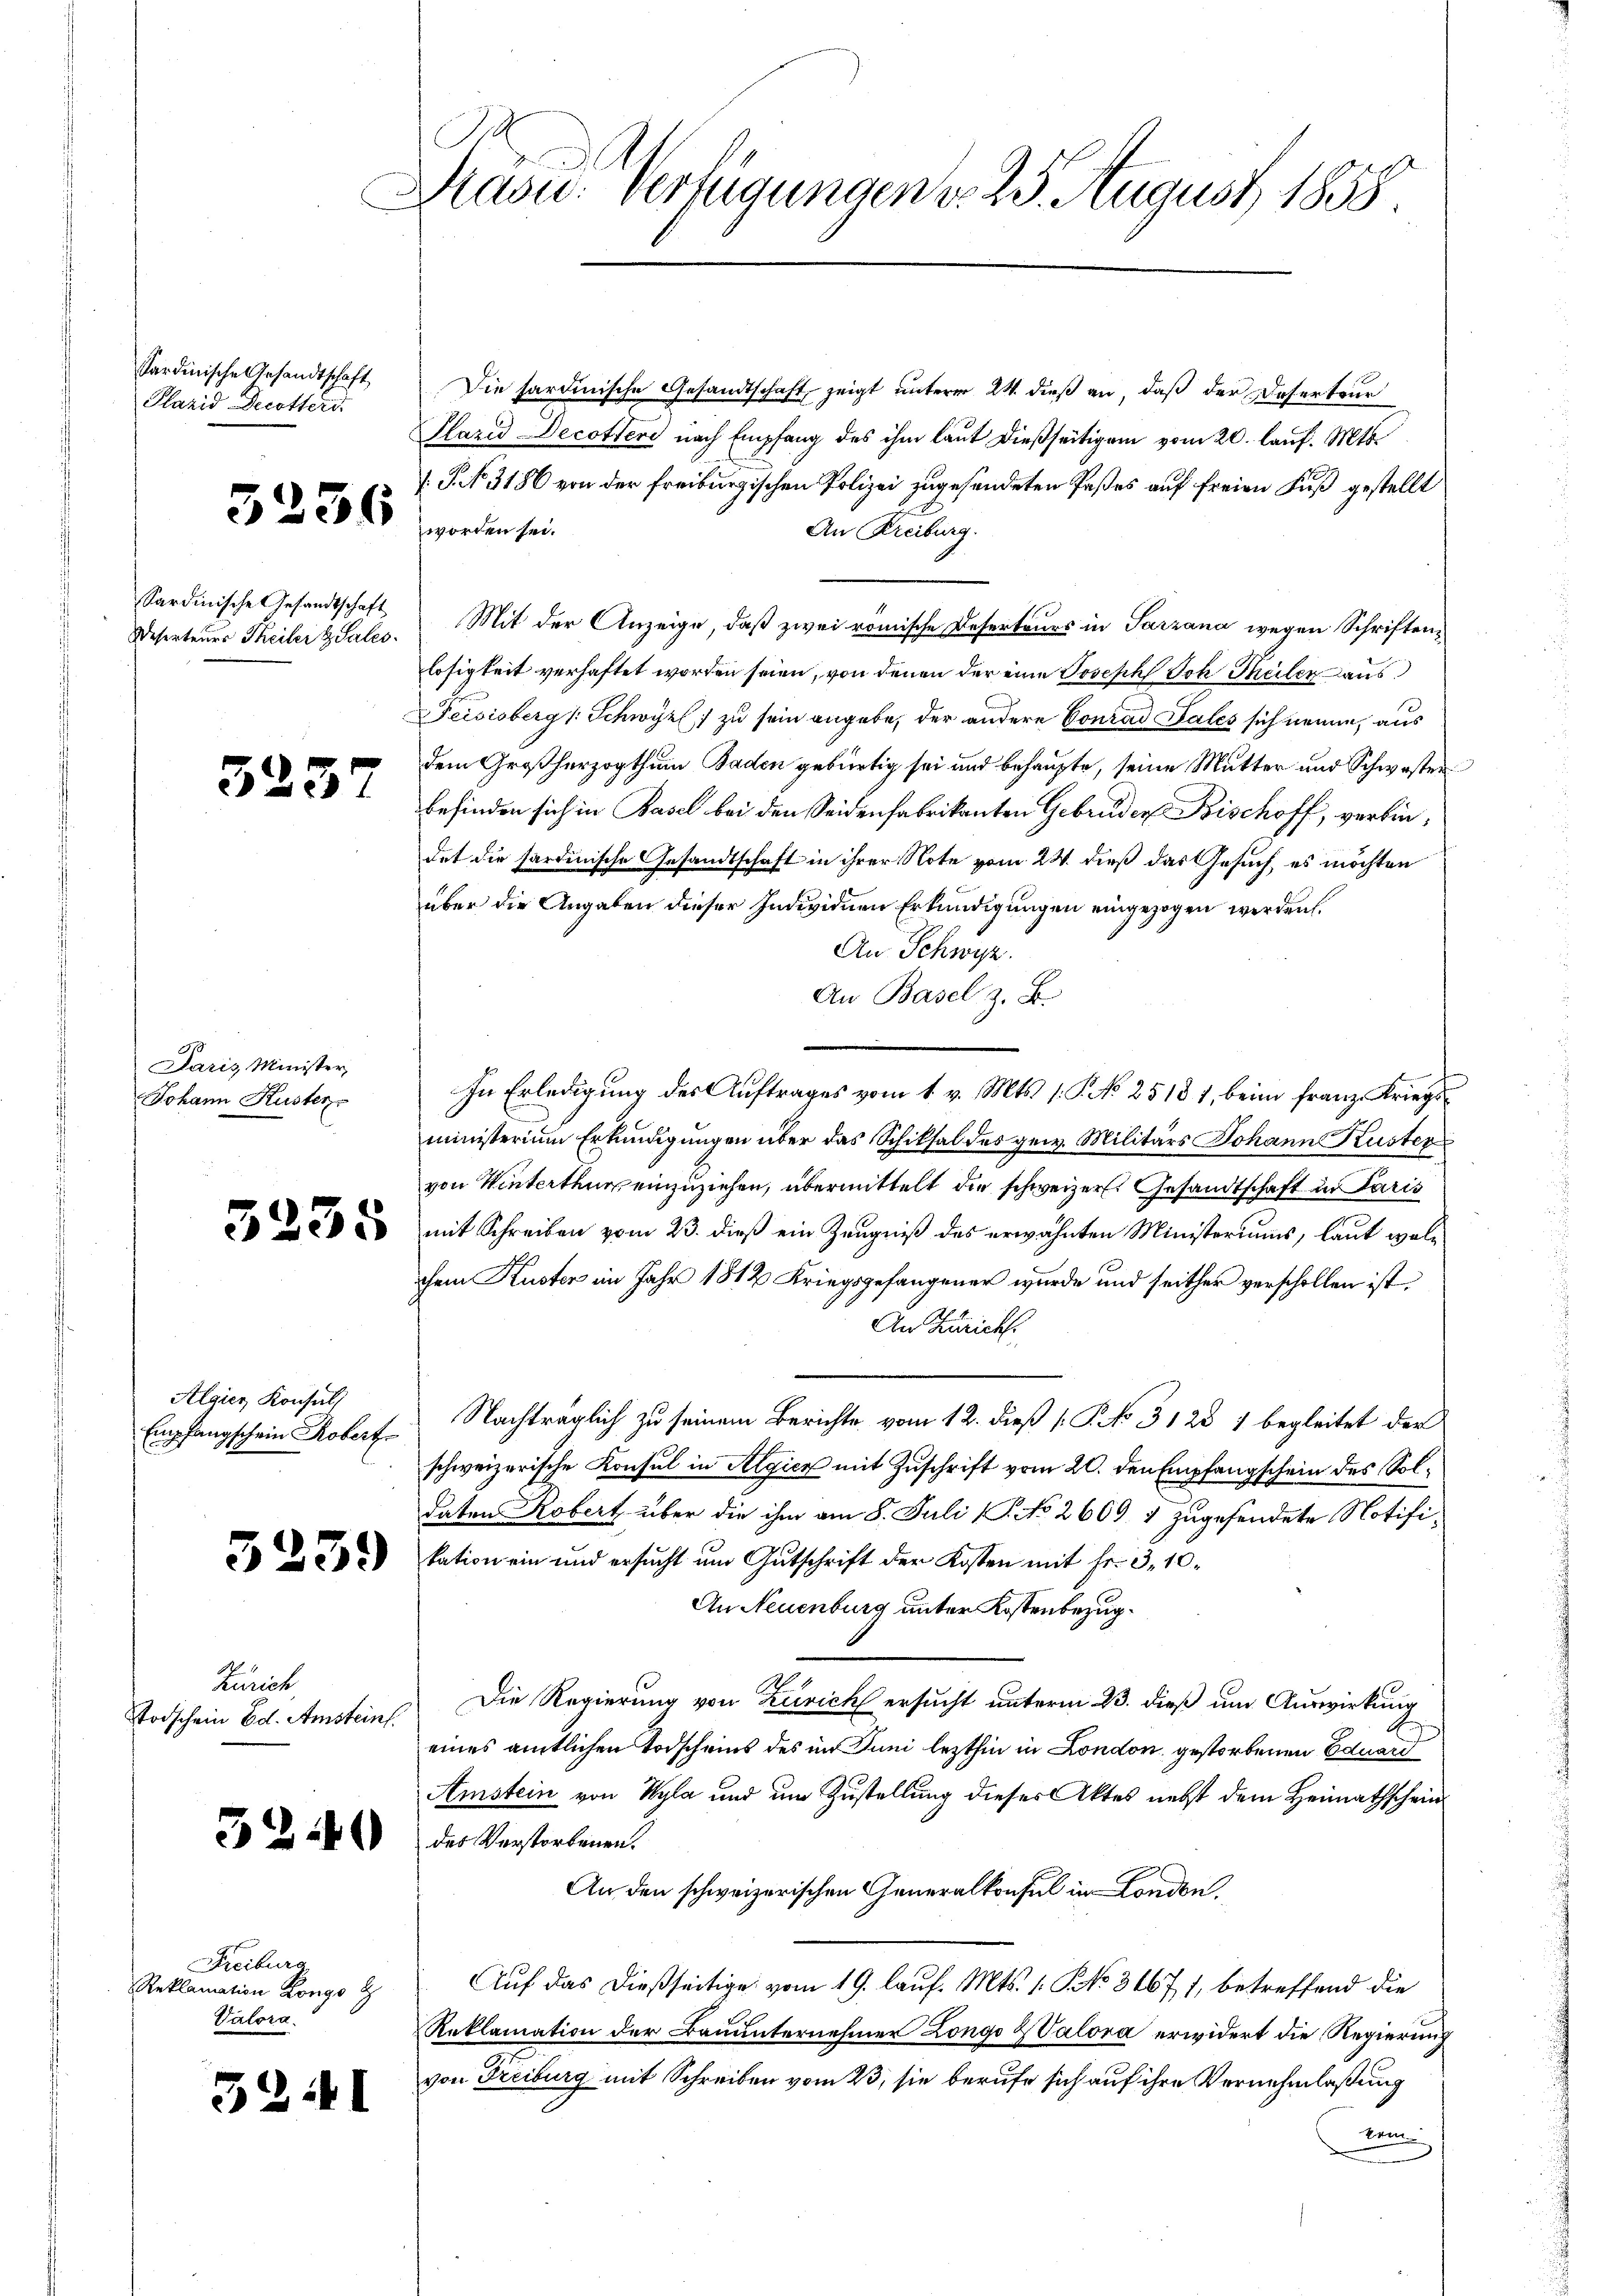
Sardinische Gesandtschaft
Plazid Decotterd

3236

3

Sardinische Gesandtschaft
Deserteurs Theiler & Sales.

15

Paris Minister,
Johann Küster

3255

Algien Konsul
Empfangschein Robert.

3259

Zürich
Stodschein Ed. Amsteint.

5240

Freiburg,
Reklamation Kongo G
Valora.

3241

b
Masu: Verfügungen d. 25. August 1858.

Die hardinische Gesandtschaft, zeigt unterm 24. dieß an, daß der Deserteur
Plazid Decotteri nach Empfang des ihm laut dießseitigem vom 20. lauf. Mts.
J. No. 3186 von der freiburgischen Polizei zugesendeten Paßes auf freien Fuß gestellt
worden sei.
An Freiburg.
Mit der Anzeige, daß zwei römische Deserteurs in Parzana wegen Schriftenlosigkeit verhaftet worden seien, von denen der eine Joseph Joh Theiler aus
Zeisisberg (Schwyz) zu sein angebe, der andere Conrad Sales sich nenne, aus
dem Großherzogthum Baden gebürtig sei und behaupte, seine Mutter und Schwester
befinden sich in Basel bei den Seidenfabrikanten Gebrüder Bischoff, verbindet die sardinische Gesandtschaft in ihrer Note vom 24. dieß das Gesuch, es möchten
über die Angaben dieser Individuen Erkundigungen eingezogen werden.
An Schwyz.
An Basel z. B.
In Erledigung des Auftrages vom 1. v. Mts. 1. P. No 25181, beim Franz Kriegsministerium Erkundigungen über das Schiksal des gew. Militärs Johann Kuster
von Winterthur einzuziehen, übermittelt die schweizer. Gesandtschaft in Paris
mit Schreiben vom 23. dieß ein Zeugniß des erwähnten Ministeriums, laut welchem Kuster im Jahr 1812 Kriegsgefangener wurde und seither verschollen ist.
An Zürich.
Nachträglich zu seinem Berichte vom 12. dieß [P No. 3123 1 begleitet der
schweizerische Konsul in Algien mit Zuschrift vom 20. den Empfangschein des Soldaten Robert über die ihm am 8. Juli (P. No 2609. 1 zugesendete Notifikation ein und ersucht um Gutschrift der Kosten mit Fr. 3, 10
An Neuenburg unter Kostenbezug¬
Die Regierung von Zürich ersucht unterm 23. dieß um Auswirkung
eines amtlichen Todscheins des im Juni lezthin in London gestorbenen Eduard
Amstein von Wyla und um Zustellung dieses Aktes nebst dem Heimathschein
des Verstorbenen.
An den schweizerischen Generalkonsul in London,
Auf das dießseitige vom 19. lauf. Mts. 1. No. 31671, betreffend die
Reklamation der Bauunternehmer Longo & Valora erwidert die Regierung
von Freiburg mit Schreiben vom 23. sie berufe sich auf ihre Vernehmlaßung
win